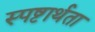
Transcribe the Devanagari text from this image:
स्पष्टार्थता